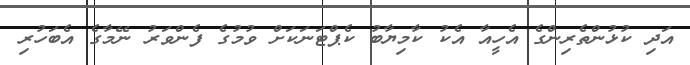
އަދި ކުޅުންތެރިންގެ އެހީއާ އެކު ކާމިޔާބު ކެޕްޓަނަކަށް ވުމުގެ ފެންވަރު ނޭމާގެ އެބަހުރި